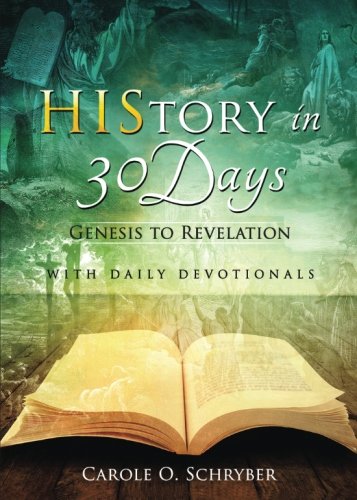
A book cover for History in 30 Days: Genesis to Revelation: With Daily Devotionals; Carole O. Schryber; Christian Books & Bibles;